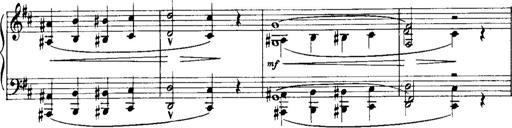
Title: Historische ungarische Bildnisse
Composer: Franz Liszt